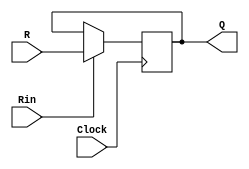
// This program was cloned from: https://github.com/huangxc6/Software_Hardware_Co-Design_24Spring
// License: MIT License

//Function:Register,posedge clock active.
module regn(R,Rin,Clock,Q);
    parameter n = 6;
    input[n-1:0] R;
    input Rin,Clock;
    output[n-1:0] Q;
    reg [n-1:0] Q;

always @(posedge Clock)
    if(Rin) 
  Q <= R;
endmodule